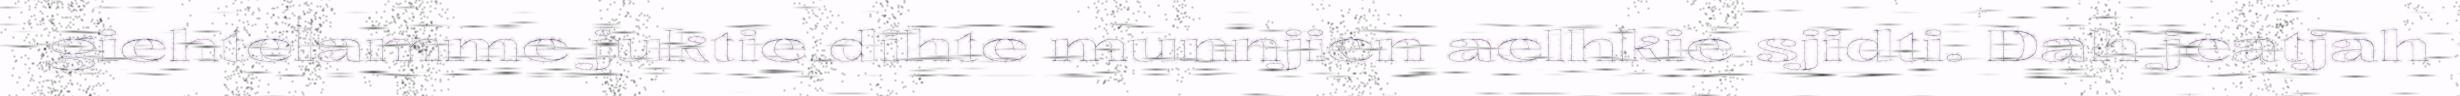
giehtelamme juktie dihte munnjien aelhkie sjidti. Dah jeatjah